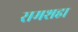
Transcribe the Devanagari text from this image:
रामशहा